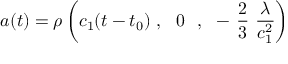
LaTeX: a ( t ) = \rho \left( c _ { 1 } ( t - t _ { 0 } ) \ , \ \ 0 \ \ , \ \ - \ \frac { 2 } { 3 } \ \frac { \lambda } { c _ { 1 } ^ { 2 } } \right)